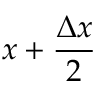
x + \frac { \Delta x } { 2 }